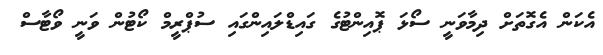
އެކަން އެގޮތަށް ދިމާވަނީ ސޯޅަ ޕޮއިންޓުގެ ގައިޑްލައިންގައި ސުޕްރީމް ކޯޓުން ވަނީ ވޯޓާސް